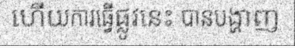
ហើយការធ្វើផ្លូវនេះ បានបង្ហាញ